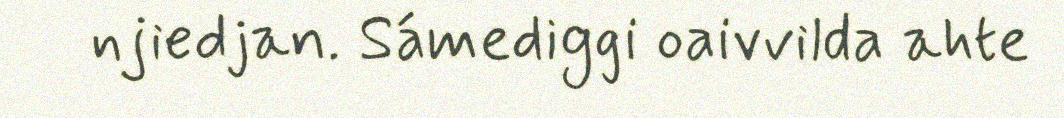
njiedjan. Sámediggi oaivvilda ahte